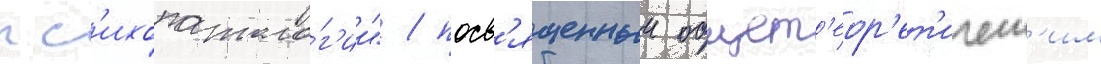
пс'ихопатоло́г'ии" / посв'ященныи общет'еор'ет'ическ'им